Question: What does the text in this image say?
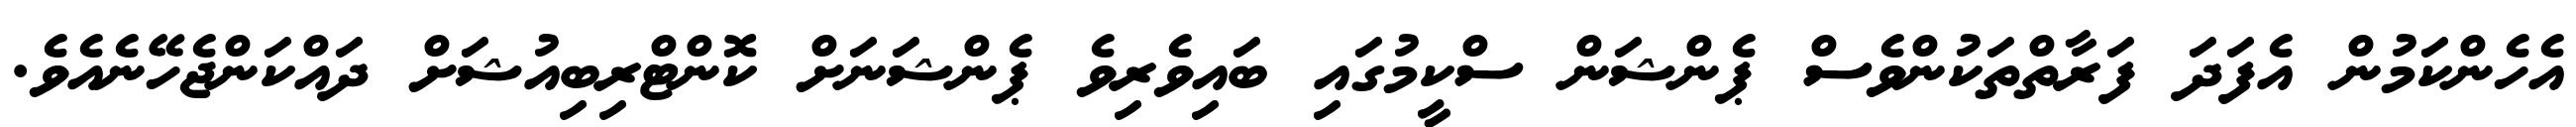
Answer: އެހެންކަމުން އެފަދަ ފަރާތްތަކުންވެސް ޕެންޝަން ސްކީމުގައި ބައިވެރިވެ ޕެންޝަނަށް ކޮންޓްރިބިއުޝަށް ދައްކަންޖެހޭނެއެވެ.